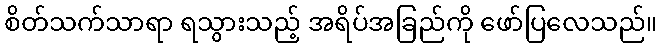
စိတ်သက်သာရာ ရသွားသည့် အရိပ်အခြည်ကို ဖော်ပြလေသည်။